Medical and sanitary report of the native army of Madras for the year
Year: 1878
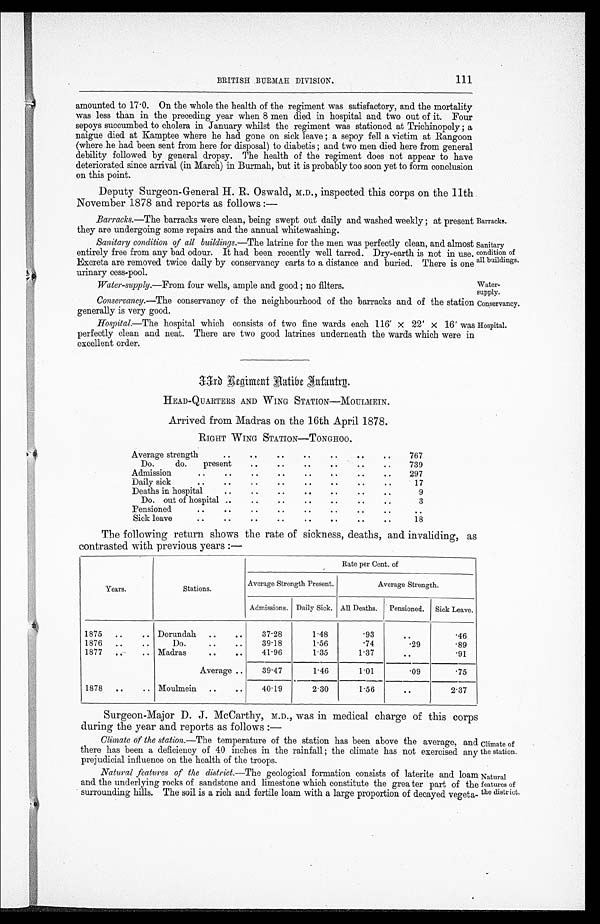
Barracks.
Sanitary
condition of
all buildings.
Water-
supply.
111
BRITISH BURMAH DIVISION.
amounted to 17.0. On the whole the health of the regiment was satisfactory, and the mortality
was less than in the preceding year when 8 men died in hospital and two out of it. Four
sepoys succumbed to cholera in January whilst the regiment was stationed at Trichinopoly ; a
naigue died at Kamptee where he had gone on sick leave ; a sepoy fell a victim at Rangoon
(where he had been sent from here for disposal) to diabetis ; and two men died here from general
debility followed by general dropsy. The health of the regiment does not appear to have
deteriorated since arrival (in March) in Burmah, but it is probably too soon yet to form conclusion
on this point.
Deputy Surgeon-General H. R. Oswald, M.D., inspected this corps on the 11th
November 1878 and reports as follows :—
Barracks.—The barracks were clean, being swept out daily and washed weekly ; at present
they are undergoing some repairs and the annual whitewashing.
Sanitary condition of all buildings.—The latrine for the men was perfectly clean, and almost
entirely free from any bad odour. It had been recently well tarred. Dry-earth is not in use.
Excreta are removed twice daily by conservancy carts to a distance and buried. There is one
urinary cess-pool.
Water-supply.—From four wells, ample and good ; no filters.
Conservancy.— The conservancy of the neighbourhood of the barracks and of the station
generally is very good.
Conservancy.
Hospital.—The hospital which consists of two fine wards each 116' x 22' x 16' was
perfectly clean and neat. There are two good latrines underneath the wards which were in
excellent order.
Hospital.
33rd Regiment Native Infantry.
HEAD-QUARTERS AND WING STATION—MOULMEIN.
Arrived from Madras on the 16th April 1878.
RIGHT WING STATION—TONGHOO.
Average strength
.. .. .. .. .. .. ..
7 6 7
Do.
do.
present
..
..
.. .. .. ..
739
Admission
.. ..
..
.. .. .. .. ..
297
Daily sick
.. .. .. .. .. .. .. ..
17
Deaths in hospital
..
..
..
.. .. .. ..
9
Do. out of hospital ..
..
..
..
..
.. ..
3
Pensioned
.. .. .. .. .. .. .. .. ..
Sick leave
.. .. .. .. .. .. .. ..
18
The following return shows the rate of sickness, deaths, and invaliding, as
contrasted with previous years :—
Years.
Stations.
Rate per Cent. of
Average Strength Present.
Average Strength.
Admissions. Daily Sick. All Deaths.
Pensioned. Sick Leave.
1875
.. ..
Dorunclah
..
..
37.28
1.48
.93
..
.46
1876
.. ..
Do.
.. ..
39.18
1.56
.74
.29
.89
1877
.. ..
Madras
.. ..
41.96
1.35
1.37
..
.91
Average ..
39.47
1.46
1.01
.09
.75
1878
..
.. Moulmein
..
..
40.19
2.30
1.56
..
2.37
Surgeon-Major D. J. McCarthy, M.D., was in medical charge of this corps
during the year and reports as follows :—
Climate of the station.—The temperature of the station has been above the average, and
there has been a deficiency of 40 inches in the rainfall ; the climate has not exercised any
prejudicial influence on the health of the troops.
Natural features of the district.—The geological formation consists of laterite and loam
and the underlying rocks of sandstone and limestone which constitute the grea ter part of the
surrounding hills. The soil is a rich and fertile loam with a large proportion of decayed vegeta-
Climate of
the station.
Natural
features of
the district.